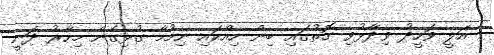
އަލީ ވަހީދު ވިދާޅުވި ގޮތުގައި ބިން ހިއްކައި ނިމުމާ ގުޅިގެން މިހާރު ދަނީ